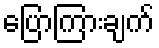
ပြောကြားချက်